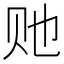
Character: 𰷠